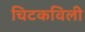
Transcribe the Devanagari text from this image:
चिटकविली